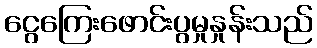
ငွေကြေးဖောင်းပွမှုနှုန်းသည်